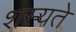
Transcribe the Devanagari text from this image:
शस्यते